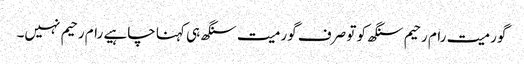
گورمیت رام رحیم سنگھ کو تو صرف گورمیت سنگھ ہی کہنا چاہیے رام رحیم نہیں۔